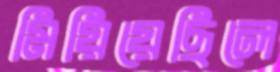
মিয়িয়েছিলে